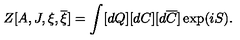
Z [ A , J , \xi , \overline { { \xi } } ] = \int [ d Q ] [ d C ] [ d \overline { { C } } ] \exp ( i S ) .